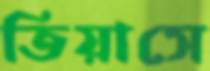
তিয়াসে